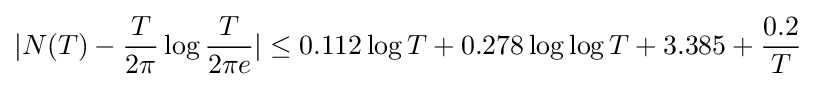
|N(T)-{\frac {T}{2\pi }}\log {\frac {T}{2\pi e}}|\leq 0.112\log T+0.278\log \log T+3.385+{\frac {0.2}{T}}